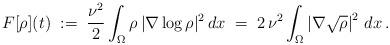
LaTeX: \begin{align*} F[\rho](t)\;:=\;\frac{\nu^2}{2}\int_\Omega\rho\,|\nabla\log\rho|^2\,dx\;=\;2\,\nu^2\int_\Omega\left|\nabla\sqrt{\rho}\right|^2\,dx\,.\end{align*}